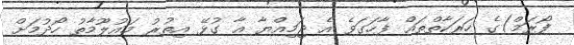
ފޯރަމް)ގެ ހަރަކާތްތައް ފާހަގަވެ އެ ޖަމިއްޔާ އާ ގުޅޭ އިތުރު މައުލޫމާތު ހޯދުމަށް